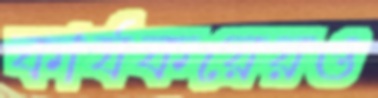
কার্যকরেরও